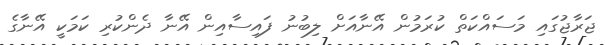
ޖަރާޖުގައި މަސައްކަތް ކުރަމުން އޭނާއަށް ލިބުނު ފައިސާއިން އޭނާ ދެންކުރި ކަމަކީ އޭނާގެ